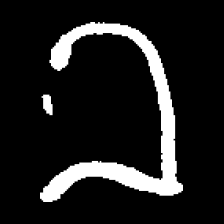
Pyu character \u2014 Myanmar letter: ခ (romanized: kha)